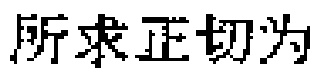
所求正切为